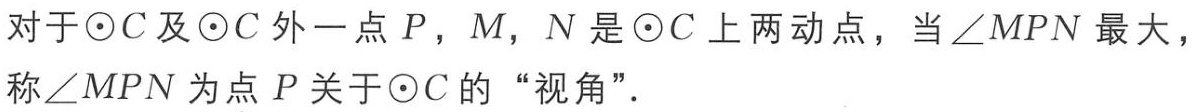
对于$\odot C$及$\odot C$外一点$P$，$M$，$N$是$\odot C$上两动点，当$\angle MPN$最大，称$\angle MPN$为点$P$关于$\odot C$的“视角”．